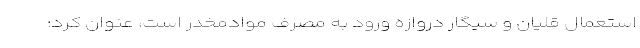
استعمال قلیان و سیگار دروازه ورود به مصرف موادمخدر است، عنوان کرد: